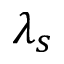
\lambda _ { s }